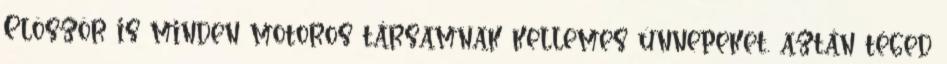
Elõször is minden motoros társamnak kellemes ünnepeket. aztán téged